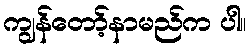
ကျွန်တော့်နာမည်က ပါ။